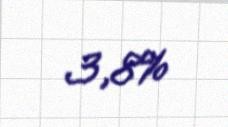
3,8%